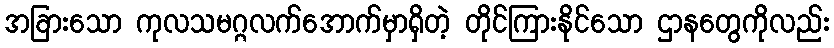
အခြားသော ကုလသမဂ္ဂလက်အောက်မှာရှိတဲ့ တိုင်ကြားနိုင်သော ဌာနတွေကိုလည်း